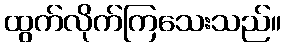
ထွက်လိုက်ကြသေးသည်။